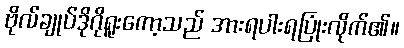
ဗိုလ်ချုပ်ဒိုဂိုရူးကော့သည် အားရပါးရပြုံးလိုက်၏။